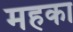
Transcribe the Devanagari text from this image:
महका